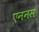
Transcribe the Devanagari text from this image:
एननस